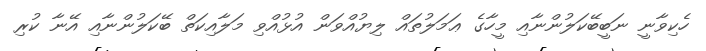
ހެކިވާނީ ނަބީބޭކަލުންނާއި މީހާގެ ޢަމަލުތައް ލިޔުއްވަން އުޅުއްވި މަލާއިކަތް ބޭކަލުންނާއި އޭނާ ކުރި